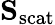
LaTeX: \mathbf{S}_{\textrm{scat}}